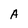
Character: A